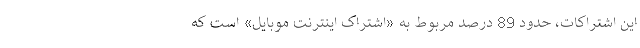
این اشتراکات، حدود 89 درصد مربوط به «اشتراک اینترنت موبایل» است که